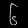
Digit: ၆